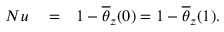
\begin{array} { r l r } { N u } & { { } = } & { 1 - \overline { { \theta } } _ { z } ( 0 ) = 1 - \overline { { \theta } } _ { z } ( 1 ) . } \end{array}